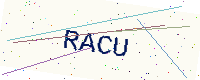
Text: RACU